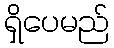
ရှိပေမည်